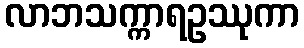
လာဘသက္ကာရဥဿုကာ